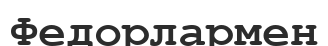
Федорлармен